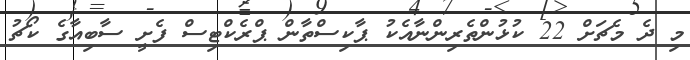
މި ދެ މެޗަށް 22 ކުޅުންތެރިންނާއެކު ޕާކިސްތާން ޕްރެކްޓިސް ފެށީ ސާބިއާގެ ކޯޗު